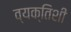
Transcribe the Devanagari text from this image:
व्यक्तिशी